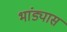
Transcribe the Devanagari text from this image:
भांड्यास